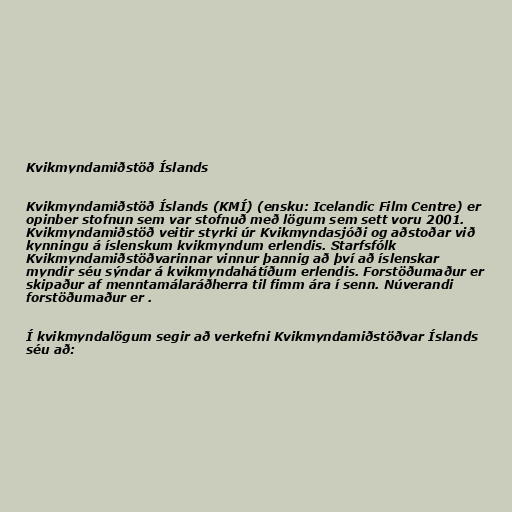
Kvikmyndamiðstöð Íslands

Kvikmyndamiðstöð Íslands (KMÍ) (ensku: Icelandic Film Centre) er
opinber stofnun sem var stofnuð með lögum sem sett voru 2001.
Kvikmyndamiðstöð veitir styrki úr Kvikmyndasjóði og aðstoðar við
kynningu á íslenskum kvikmyndum erlendis. Starfsfólk
Kvikmyndamiðstöðvarinnar vinnur þannig að því að íslenskar
myndir séu sýndar á kvikmyndahátíðum erlendis. Forstöðumaður er
skipaður af menntamálaráðherra til fimm ára í senn. Núverandi
forstöðumaður er .

Í kvikmyndalögum segir að verkefni Kvikmyndamiðstöðvar Íslands
séu að: